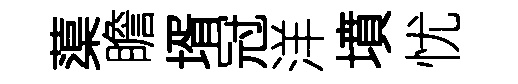
蕖瞻壻冠洋墳忧